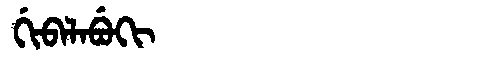
Manchu: ᡤᡳᠪᠠᠯᠠᠪᡠᡴᡳ
Romanization: GIBALABUKI